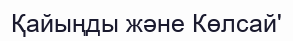
Қайыңды және Көлсай'